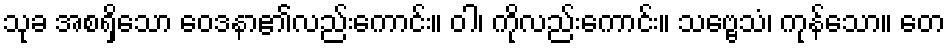
သုခ အစရှိသော ဝေဒနာ၏လည်းကောင်း။ ဝါ၊ ကိုလည်းကောင်း။ သဗ္ဗေသံ၊ ကုန်သော။ တေ